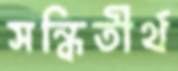
সন্ধিতীর্থ